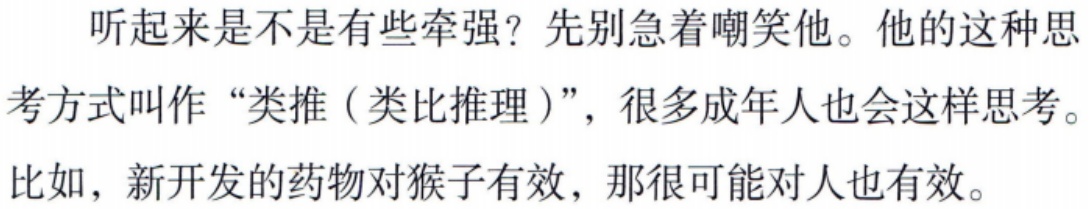
听起来是不是有些牵强？先别急着嘲笑他。他的这种思考方式叫作“类推（类比推理）”，很多成年人也会这样思考。比如，新开发的药物对猴子有效，那很可能对人也有效。